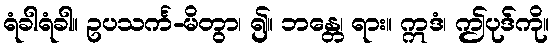
ရံခါရံခါ။ ဥပသင်္က-မိတွာ၊ ၍။ ဘန္တေ၊ ရား။ ဣဒံ၊ ဤပုဒ်ကို။